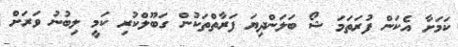
ކަމަށާ އެކަން ފުރަތަމަ ޝޯ ބަލަންދިޔަ ފަރާތްތަކުން ގަބޫލްކުރި ކަަމީ ލިބުނު ވަރަށް